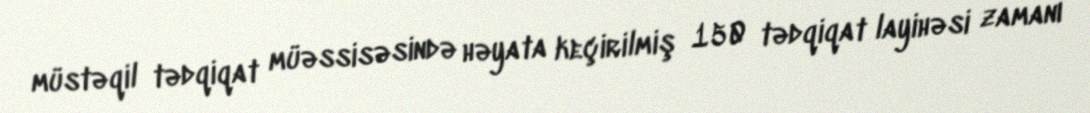
müstəqil tədqiqat müəssisəsində həyata keçirilmiş 150 tədqiqat layihəsi zamanı